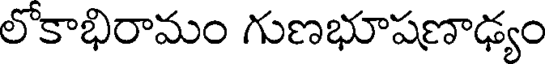
లోకాభిరామం గుణభూషణాఢ్యం